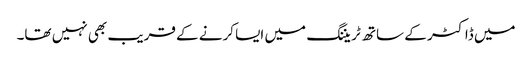
میں ڈاکٹر کے ساتھ ٹریننگ میں ایسا کرنے کے قریب بھی نہیں تھا۔